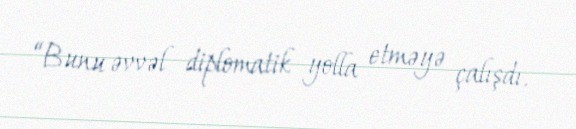
“Bunu əvvəl diplomatik yolla etməyə çalışdı.